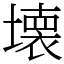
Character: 壊